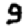
Digit: 9